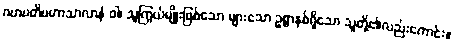
ဂဟပတိမဟာသာလာနံ ဝါ၊ သူကြွယ်မျိုးဖြစ်သော များသော ဥစ္စာနှစ်ရှိသော သူတို့၏လည်းကောင်း။